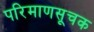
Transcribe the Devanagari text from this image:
परिमाणसूचक